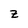
Character: z